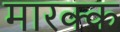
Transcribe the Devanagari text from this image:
मारक्क